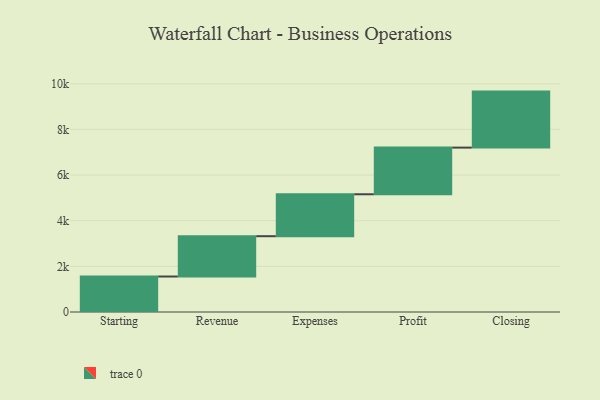
{"axis": {"x": "Step", "y": "Value"}, "legend": [""], "data": [{"x": "Starting", "y": 1555.0, "type": ""}, {"x": "Revenue", "y": 1766.0, "type": ""}, {"x": "Expenses", "y": 1837.0, "type": ""}, {"x": "Profit", "y": 2044.0, "type": ""}, {"x": "Closing", "y": 2454.0, "type": ""}]}